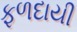
ફળદાયી